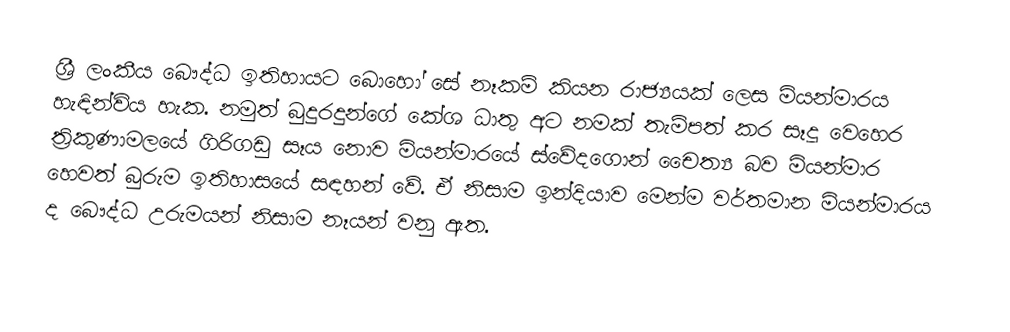
ශ්‍රී ලංකීය බෞද්ධ ඉතිහායට බොහෝ සේ නෑකම් කියන රාජ්‍යයක් ලෙස මියන්මාරය හැඳින්විය හැක. නමුත් බුදුරදුන්ගේ කේශ ධාතු අට නමක් තැම්පත් කර සෑදූ වෙහෙර ත්‍රිකුණාමලයේ ගිරිගඩු සෑය නොව මියන්මාරයේ ස්වේදගොන් චෛත්‍ය බව මියන්මාර හෙවත් බුරුම ඉතිහාසයේ සඳහන් වේ. ඒ නිසාම ඉන්දියාව මෙන්ම වර්තමාන මියන්මාරය ද බෞද්ධ උරුමයන් නිසාම නෑයන් වනු ඇත.